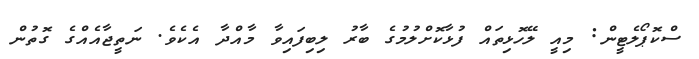
ސްކޮޕޯލެޓީން: މިއީ ލޭހޮޅިތައް ފުޅާކޮށްލުމުގެ ބާރު ލިބިފައިވާ މާއްދާ އެކެވެ. ނަތީޖާއެއްގެ ގޮތުން